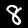
Digit: 8